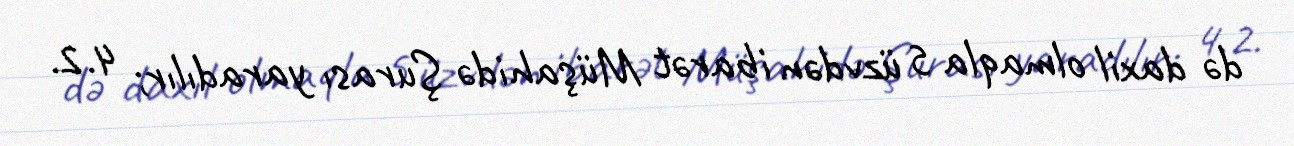
də daxil olmaqla 5 üzvdən ibarət Müşahidə Şurası yaradılır; 4.2.